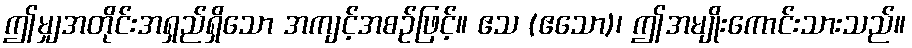
ဤမျှအတိုင်းအရှည်ရှိသော အကျင့်အစဉ်ဖြင့်။ ဧသ (ဧသော)၊ ဤအမျိုးကောင်းသားသည်။